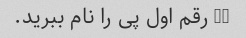
10 رقم اول پی را نام ببرید.